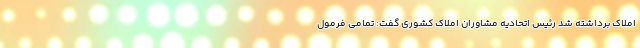
املاک برداشته شد رئیس اتحادیه مشاوران املاک کشوری گفت: تمامی فرمول